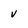
Character: v